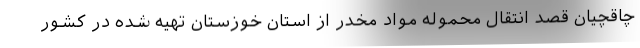
چاقچیان قصد انتقال محموله مواد مخدر از استان خوزستان تهیه شده در کشور